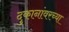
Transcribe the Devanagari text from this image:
दुकानांवरच्या